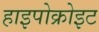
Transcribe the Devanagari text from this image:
हाइपोक्रोइट